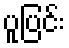
ပူပြင်း